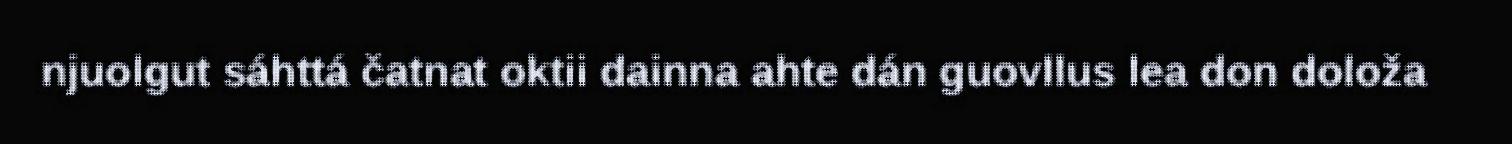
njuolgut sáhttá čatnat oktii dainna ahte dán guovllus lea don doloža